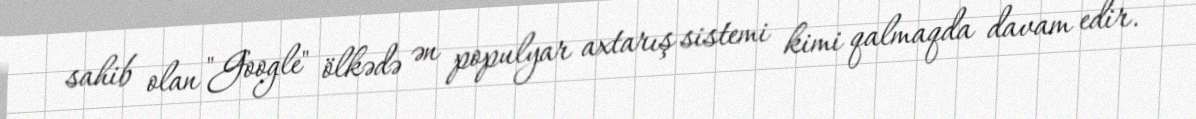
sahib olan "Google" ölkədə ən populyar axtarış sistemi kimi qalmaqda davam edir.